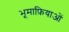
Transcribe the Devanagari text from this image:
भूमाफ़ियाओं